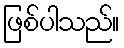
ဖြစ်ပါသည်။